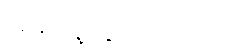
ပြည်သူ့လွှတ်တော်သို့